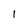
Character: 1